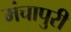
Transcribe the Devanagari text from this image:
मंचापुरी